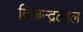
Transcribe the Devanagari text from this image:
द्बिजेन्द्रलाल